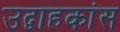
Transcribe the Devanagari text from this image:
उद्वाहकांस